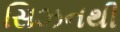
સિઝનથી